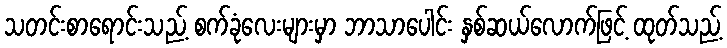
သတင်းစာရောင်းသည့် စက်ခုံလေးများမှာ ဘာသာပေါင်း နှစ်ဆယ်လောက်ဖြင့် ထုတ်သည့်